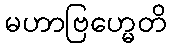
မဟာဗြဟ္မေတိ